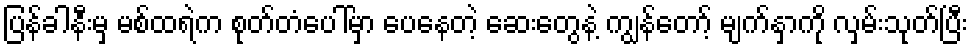
ပြန်ခါနီးမှ မစ်ထရဲက စုတ်တံပေါ်မှာ ပေနေတဲ့ ဆေးတွေနဲ့ ကျွန်တော့် မျက်နှာကို လှမ်းသုတ်ပြီး